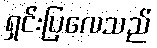
ရှင်းပြလေသည်